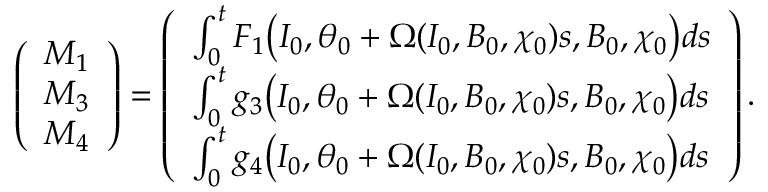
\left( \begin{array} { l } { M _ { 1 } } \\ { M _ { 3 } } \\ { M _ { 4 } } \end{array} \right) = \left( \begin{array} { l } { \int _ { 0 } ^ { t } F _ { 1 } \big ( I _ { 0 } , \theta _ { 0 } + \Omega ( I _ { 0 } , B _ { 0 } , \chi _ { 0 } ) s , B _ { 0 } , \chi _ { 0 } \big ) d s } \\ { \int _ { 0 } ^ { t } g _ { 3 } \big ( I _ { 0 } , \theta _ { 0 } + \Omega ( I _ { 0 } , B _ { 0 } , \chi _ { 0 } ) s , B _ { 0 } , \chi _ { 0 } \big ) d s } \\ { \int _ { 0 } ^ { t } g _ { 4 } \big ( I _ { 0 } , \theta _ { 0 } + \Omega ( I _ { 0 } , B _ { 0 } , \chi _ { 0 } ) s , B _ { 0 } , \chi _ { 0 } \big ) d s } \end{array} \right) .